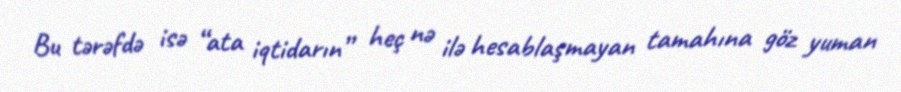
Bu tərəfdə isə “ata iqtidarın” heç nə ilə hesablaşmayan tamahına göz yuman